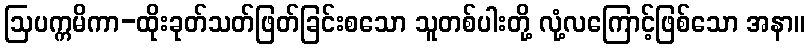
ဩပက္ကမိကာ-ထိုးခုတ်သတ်ဖြတ်ခြင်းစသော သူတစ်ပါးတို့ လုံ့လကြောင့်ဖြစ်သော အနာ။